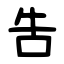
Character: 吿